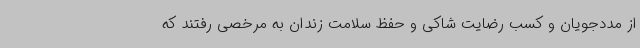
از مددجویان و کسب رضایت شاکی و حفظ سلامت زندان به مرخصی رفتند که